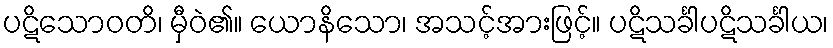
ပဋိသောဝတိ၊ မှီဝဲ၏။ ယောနိသော၊ အသင့်အားဖြင့်။ ပဋိသင်္ခါပဋိသင်္ခါယ၊